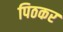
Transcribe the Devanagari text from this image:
पिठकर